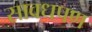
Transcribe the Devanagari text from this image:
सावधपण